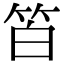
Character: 𥬝